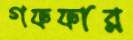
গফফার